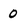
Character: 0